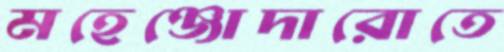
মহেঞ্জোদারোতে